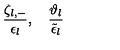
\frac { \zeta _ { l , - } } { \epsilon _ { l } } , \quad \frac { \vartheta _ { l } } { \tilde { \epsilon } _ { l } }